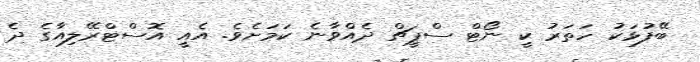
ބޭފުޅަކު ހަތަރު ކީ ނޯޓް ސްޕީޗް ދެއްވާނެ ކަމަށެވެ. އެއީ އޮސްޓްރޭލިއާގެ ދެ